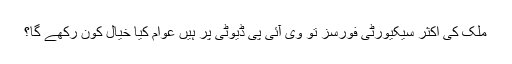
ملک کی اکثر سیکیورٹی فورسز تو وی آئی پی ڈیوٹی پر ہیں عوام کیا خیال کون رکھے گا؟